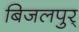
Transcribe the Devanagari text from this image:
बिजलपुर्